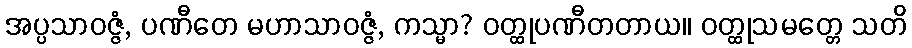
အပ္ပသာဝဇ္ဇံ, ပဏီတေ မဟာသာဝဇ္ဇံ, ကသ္မာ? ဝတ္ထုပဏီတတာယ။ ဝတ္ထုသမတ္တေ သတိ